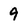
Character: 9